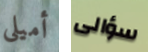
أميلي سؤالى